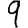
Digit: 9